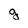
Character: g